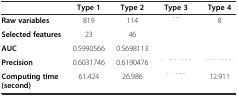
<table><thead><tr><td>[EMPTY_CELL]</td><td><b>Type 1</b></td><td><b>Type 2</b></td><td><b>Type 3</b></td><td><b>Type 4</b></td></tr></thead><tbody><tr><td><b>Raw variables</b></td><td>819</td><td>114</td><td>[EMPTY_CELL]</td><td>8</td></tr><tr><td><b>Selected features</b></td><td>23</td><td>46</td><td>[EMPTY_CELL]</td><td>[EMPTY_CELL]</td></tr><tr><td><b>AUC</b></td><td>0.5990566</td><td>0.5698113</td><td>[EMPTY_CELL]</td><td>[EMPTY_CELL]</td></tr><tr><td><b>Precision</b></td><td>0.6031746</td><td>0.6190476</td><td>[EMPTY_CELL]</td><td>[EMPTY_CELL]</td></tr><tr><td><b>Computing time(second)</b></td><td>61.424</td><td>26.986</td><td>[EMPTY_CELL]</td><td>12.911</td></tr></tbody></table>